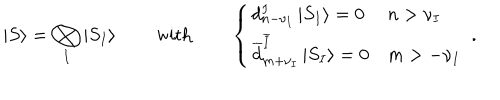
LaTeX: \left| S \right\rangle = \bigotimes _ { I } \left| S _ { I } \right\rangle \qquad \mathrm { w i t h } \qquad \left\{ \begin{array} { l l } { { d _ { n - \nu _ { I } } ^ { I } \left| S _ { I } \right\rangle = 0 } } & { { n > \nu _ { I } } } \\ { { \overline { { { d } } } _ { m + \nu _ { I } } ^ { \overline { { { I } } } } \left| S _ { I } \right\rangle = 0 } } & { { m > - \nu _ { I } } } \\ \end{array} \right. ~ .